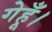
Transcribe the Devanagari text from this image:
गेहूँ।